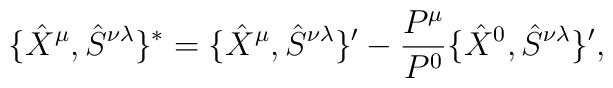
\{\hat{X}^\mu , \hat{S}^{\nu \lambda }\}^*=\{\hat{X}^\mu , \hat{S}^{\nu \lambda }\}'-\frac{P^{\mu }}{P^0}\{\hat{X}^0 , \hat{S}^{\nu \lambda }\}',